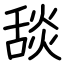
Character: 舕